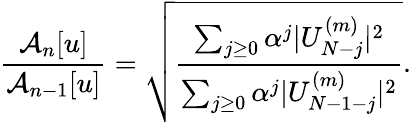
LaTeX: \frac{\mathcal{A}_{n}[u]}{\mathcal{A}_{n-1}[u]}=\sqrt{\frac{\sum_{j\ge 0}{\alpha^{j}|U_{N-j}^{(m)}|^{2}}}{\sum_{j\ge 0}{\alpha^{j}|U_{N-1-j}^{(m)}|^{2}}}}.